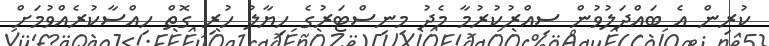
ކުރިން އެ ބައްދަލުވުން ސިއްރުކުރުމާ މެދު މިނިސްޓަރުގެ ހިޔާލު ހުރި ގޮތް ހިއްސާކުރެއްވުމަށް